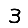
Digit: 3